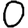
Digit: 0